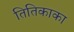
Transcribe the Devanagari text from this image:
तितिकाका